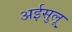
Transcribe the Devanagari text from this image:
अईसुलू